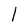
Character: l